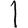
Digit: 1